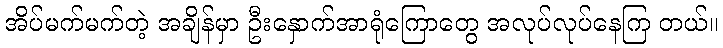
အိပ်မက်မက်တဲ့ အချိန်မှာ ဦးနှောက်အာရုံကြောတွေ အလုပ်လုပ်နေကြ တယ်။